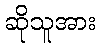
ဆိုသူအား